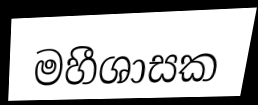
මහීශාසක